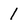
Character: 1